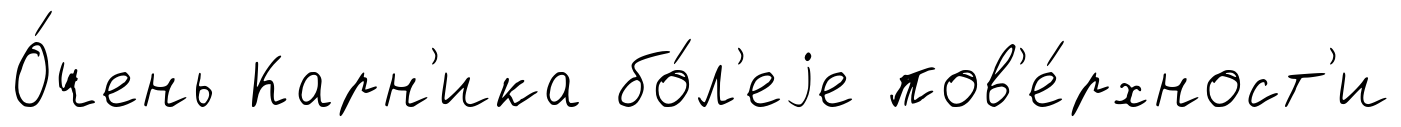
О́чень Карн'ика бо́л'еjе пов'е́рхност'и